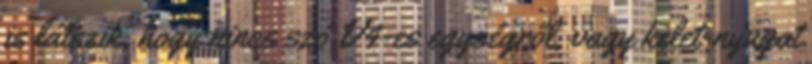
is látszik, hogy nincs szó V4-es egységről, vagy kelet-nyugat